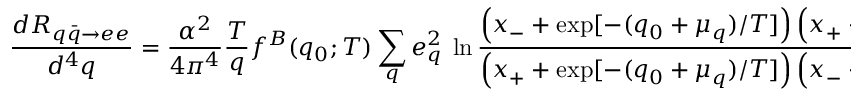
\frac { d R _ { q \bar { q } \to e e } } { d ^ { 4 } q } = \frac { \alpha ^ { 2 } } { 4 \pi ^ { 4 } } \frac { T } { q } f ^ { B } ( q _ { 0 } ; T ) \sum _ { q } e _ { q } ^ { 2 } \ \ln \frac { \left( x _ { - } + \exp [ - ( q _ { 0 } + \mu _ { q } ) / T ] \right) \left( x _ { + } + \exp [ - \mu _ { q } / T ] \right) } { \left( x _ { + } + \exp [ - ( q _ { 0 } + \mu _ { q } ) / T ] \right) \left( x _ { - } + \exp [ - \mu _ { q } / T ] \right) }